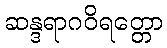
ဆန္ဒရာဂဝိရတ္တော